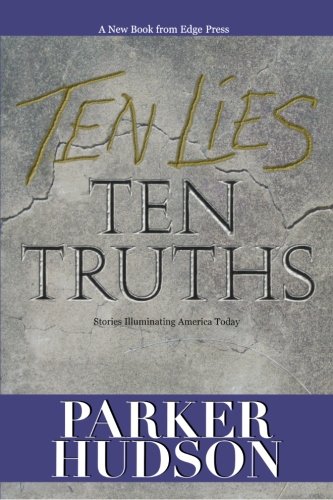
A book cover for Ten Lies and Ten Truths (Hudson, Parker); Parker Hudson; Christian Books & Bibles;